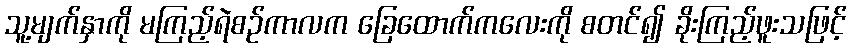
သူ့မျက်နှာကို မကြည့်ရဲစဉ်ကာလက ခြေထောက်ကလေးကို စတင်၍ ခိုးကြည့်ဖူးသဖြင့်